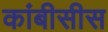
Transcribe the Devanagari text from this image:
कांबीसीस